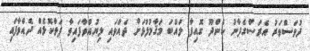
ދުވަސްވަރު އެރަސްގެފާނު ކެންދޫ ގޮއިފާ ލައްބަ މަޤާމުފުޅަށް ދެއްވައި ލިޔުއްވާފައިވާ ފަތްކޮޅެއް ދެއްވާފައި